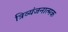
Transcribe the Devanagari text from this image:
त्रिव्यंजनात्मक